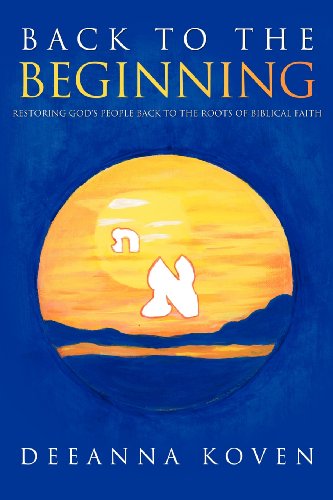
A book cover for Restoring God's People Back to the Roots of Biblical Faith; Deeanna Koven; Christian Books & Bibles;